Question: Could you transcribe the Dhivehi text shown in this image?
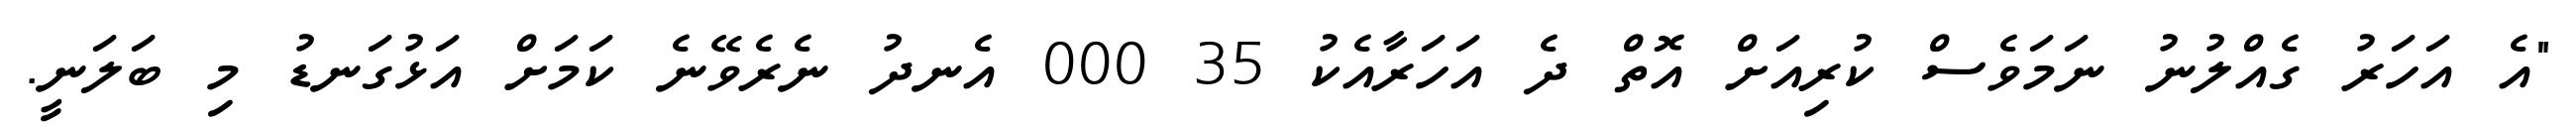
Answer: "އެ އަހަރު ގެއްލުނު ނަމަވެސް ކުރިއަށް އޮތް ދެ އަހަރާއެކު 35 000 އެނދު ނެރެވޭނެ ކަމަށް އަޅުގަނޑު މި ބަލަނީ.